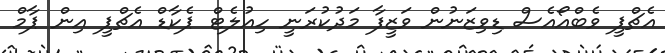
އެޗްޕީ ވެބްއޯއެސް ޑިވިޒަނުން ވަޒީފާ މަދުކުރަނީ ހިއުލެޓް ޕެކާޑް އެޗްޕީ އިން ޕާމް